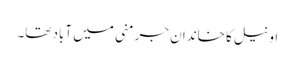
اونیل کا خاندان جرمنی میں آباد تھا۔